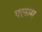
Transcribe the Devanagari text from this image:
पलाम